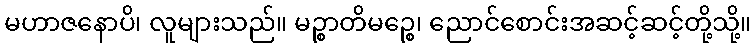
မဟာဇနောပိ၊ လူများသည်။ မဉ္စာတိမဉ္စေ၊ ညောင်စောင်းအဆင့်ဆင့်တို့သို့။